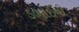
ડભોઈની